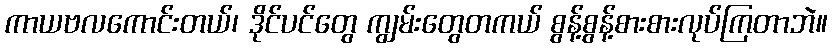
ကာယဗလကောင်းတယ်၊ ဒိုင်ပင်တွေ ကျွမ်းတွေတကယ် စွန့်စွန့်စားစားလုပ်ကြတာဘဲ။